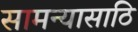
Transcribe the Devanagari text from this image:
सामन्यासाठि